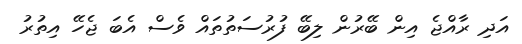
އަދި ރާއްޖެ އިން ބޭރުން ލިބޭ ފުރުސަތުތައް ވެސް އެބަ ޖެހޭ އިތުރު